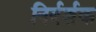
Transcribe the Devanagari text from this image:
निर्दर्शक